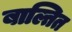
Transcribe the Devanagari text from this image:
बाल्तित